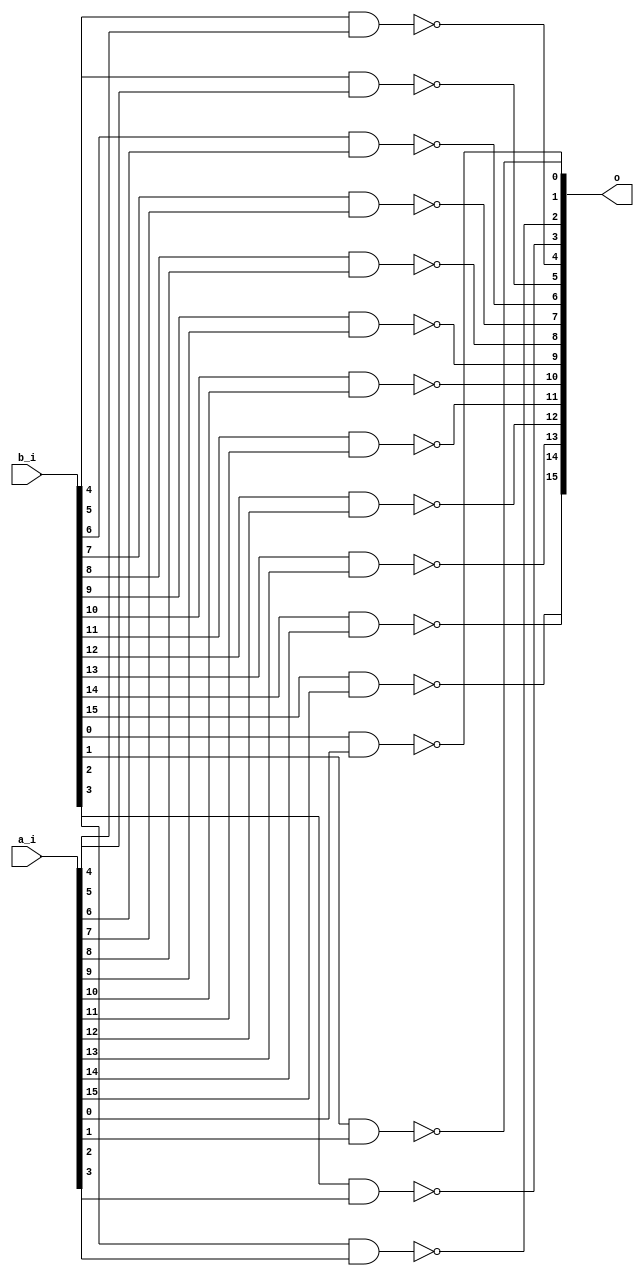
// This program was cloned from: https://github.com/chipsalliance/synlig
// License: Apache License 2.0

/* Generated by Yosys 0.27+9 (git sha1 101d19bb6, gcc 11.2.0-7ubuntu2 -fPIC -Os) */

(* top =  1  *)

module bsg_nand(a_i, b_i, o);
  
  input [15:0] a_i;
  wire [15:0] a_i;
  
  input [15:0] b_i;
  wire [15:0] b_i;
  
  output [15:0] o;
  wire [15:0] o;
  assign o[4] = ~(b_i[4] & a_i[4]);
  assign o[5] = ~(b_i[5] & a_i[5]);
  assign o[6] = ~(b_i[6] & a_i[6]);
  assign o[7] = ~(b_i[7] & a_i[7]);
  assign o[8] = ~(b_i[8] & a_i[8]);
  assign o[9] = ~(b_i[9] & a_i[9]);
  assign o[10] = ~(b_i[10] & a_i[10]);
  assign o[11] = ~(b_i[11] & a_i[11]);
  assign o[12] = ~(b_i[12] & a_i[12]);
  assign o[13] = ~(b_i[13] & a_i[13]);
  assign o[14] = ~(b_i[14] & a_i[14]);
  assign o[15] = ~(b_i[15] & a_i[15]);
  assign o[0] = ~(b_i[0] & a_i[0]);
  assign o[1] = ~(b_i[1] & a_i[1]);
  assign o[2] = ~(b_i[2] & a_i[2]);
  assign o[3] = ~(b_i[3] & a_i[3]);
endmodule